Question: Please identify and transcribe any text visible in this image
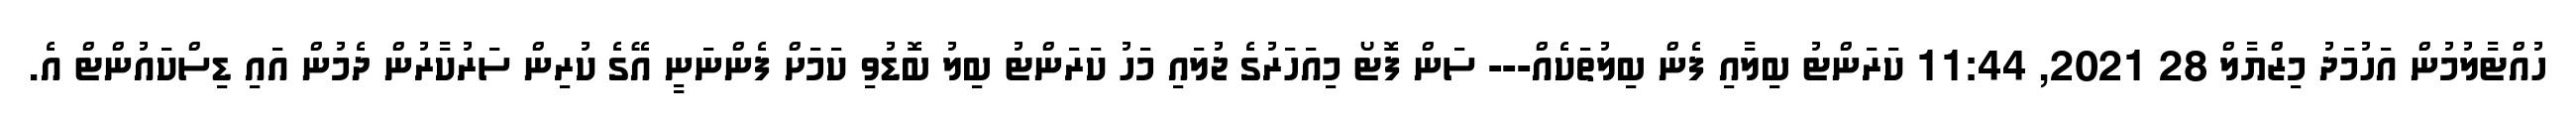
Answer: ހުއްޓާލުމުން އަހުމަދު މިޒްޔާލް 28 2021, 11:44 ކަރަންޓު ބިލާއި ފެން ބިލުތަކެއް--- ސަން ފޮޓޯ މިއަހަރުގެ ޖުލައި މަހު ކަރަންޓު ބިލު ބޮޑުވި ކަމަށް ފެންނަނީ އޭގެ ކުރިން ސަރުކާރުން ދެމުން އައި ޑިސްކައުންޓް އެ.